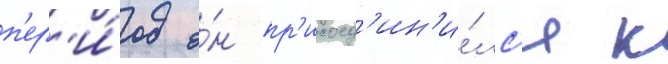
п'ер'и́од о́н пр'исоед'ин'и́лс'я к